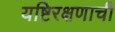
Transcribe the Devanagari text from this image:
यष्टिरक्षणाची